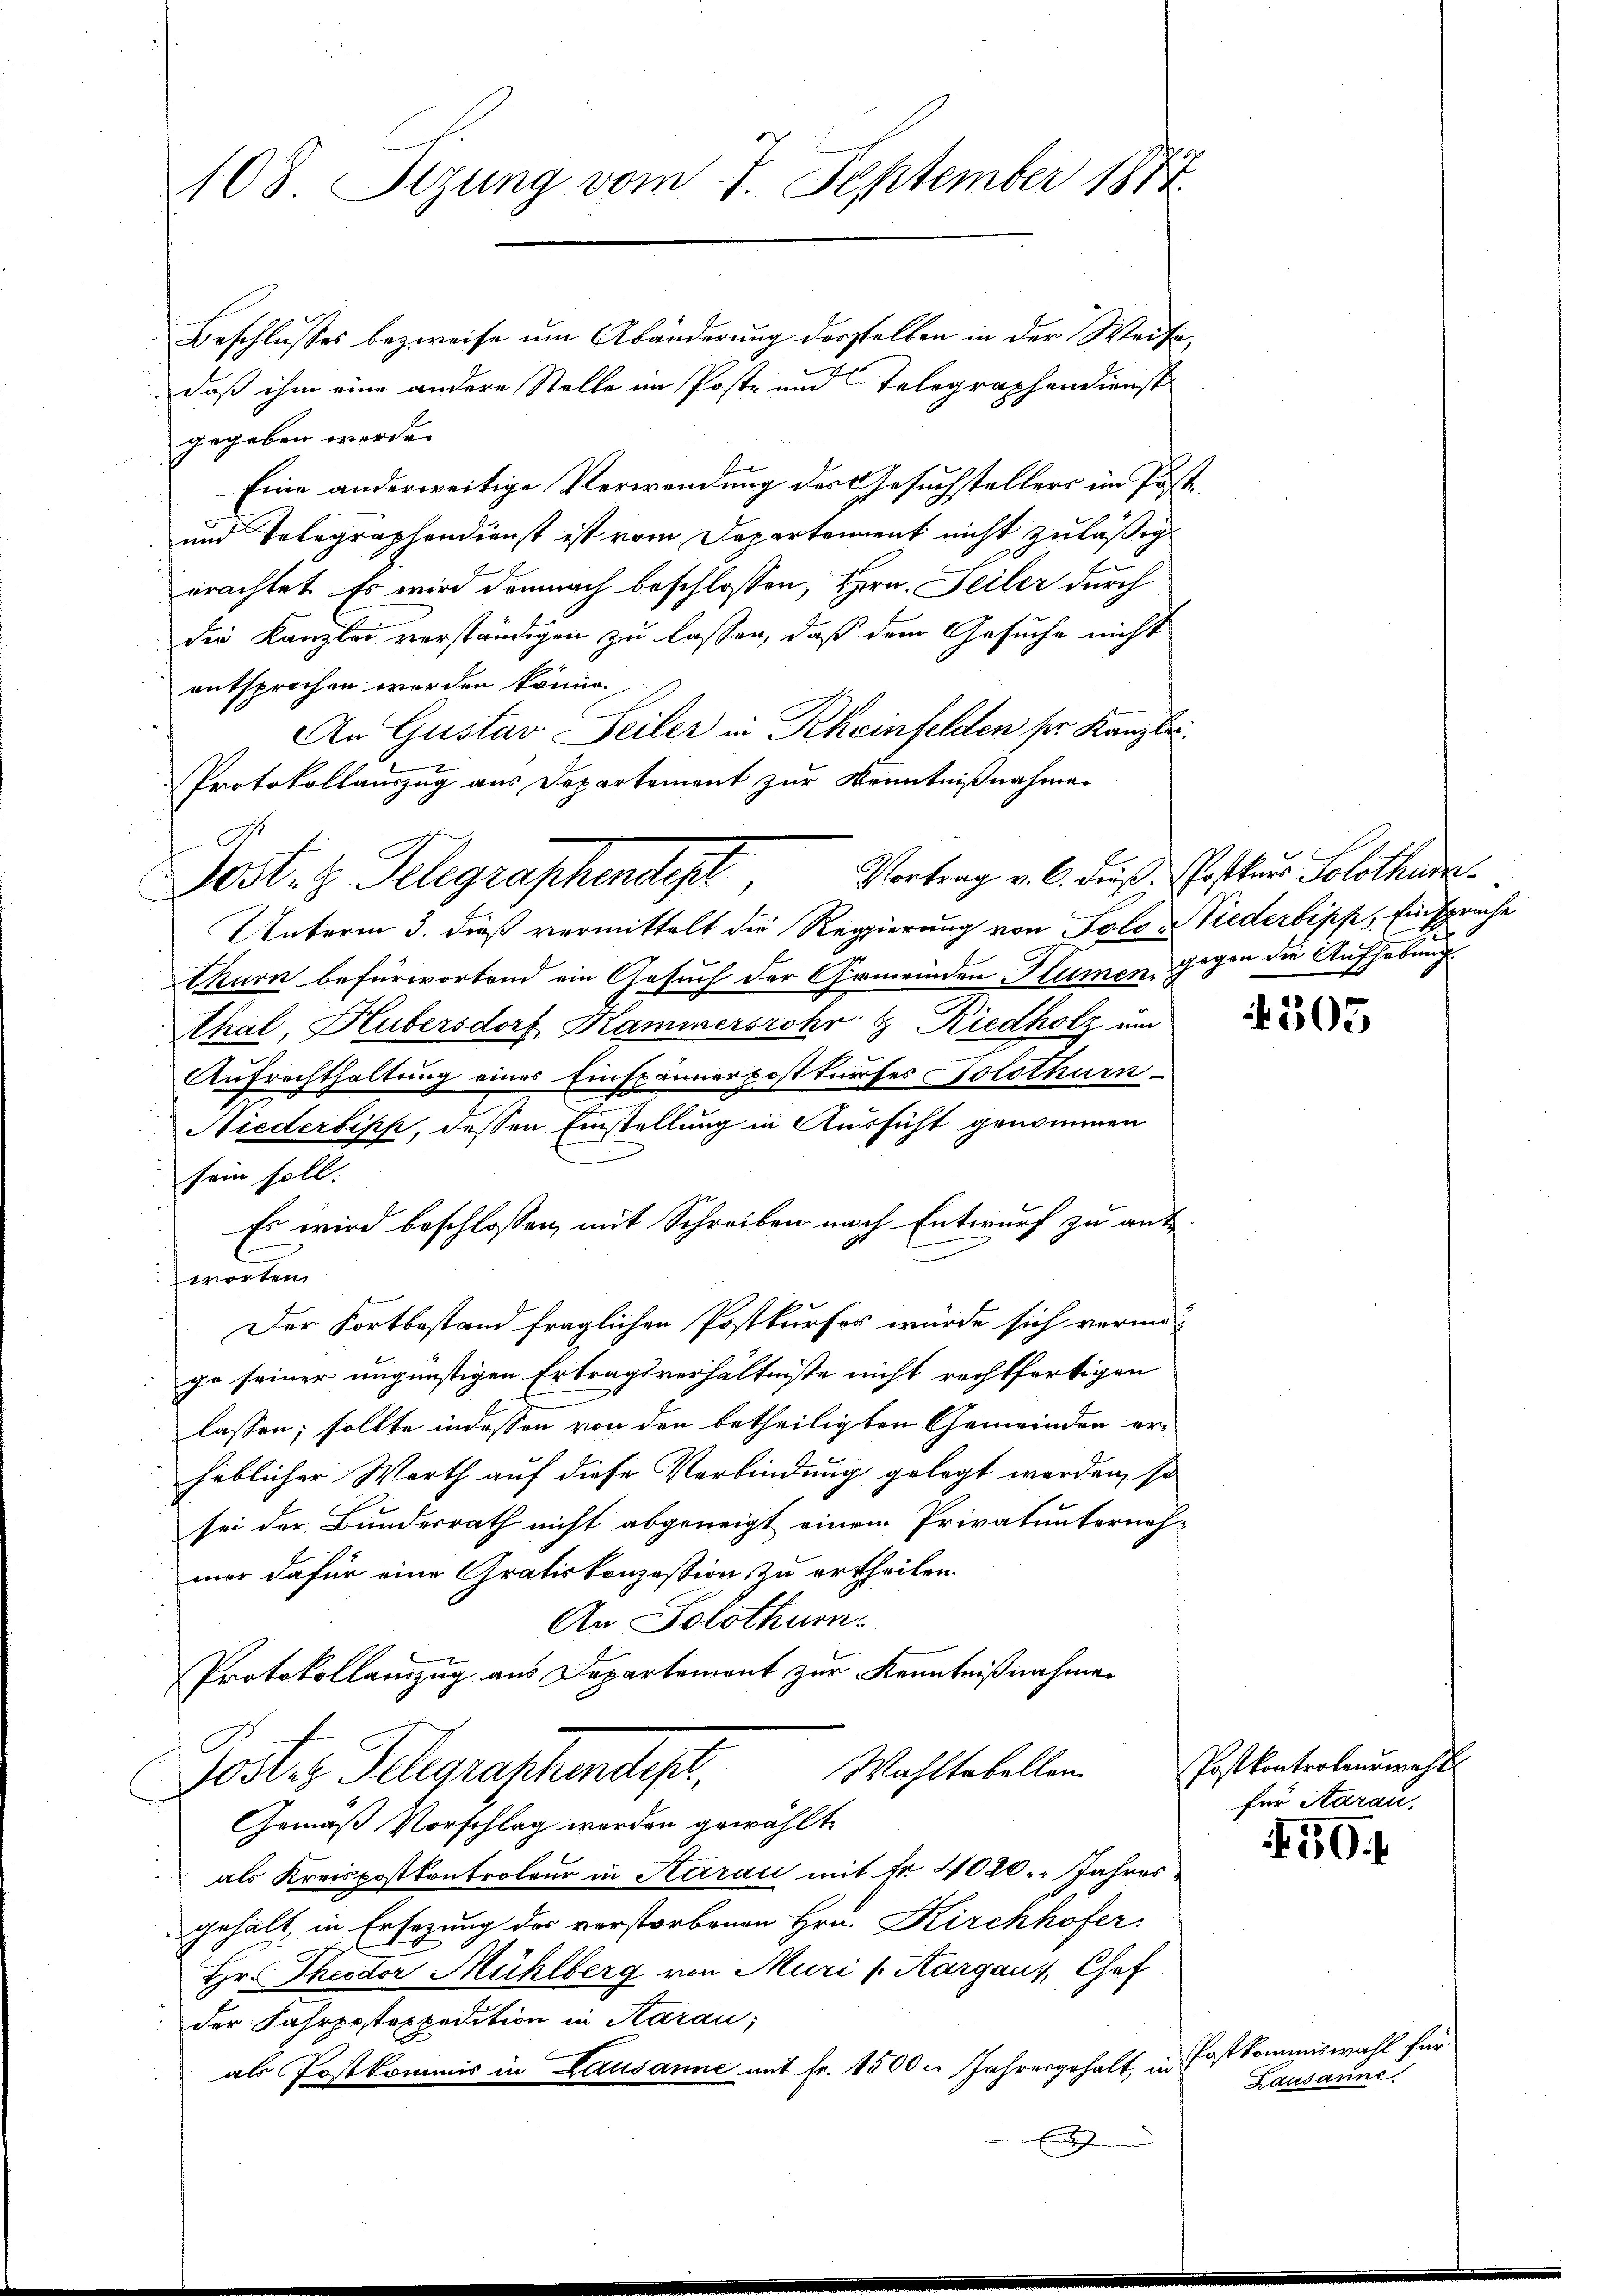
108 Sezung vom 7. September 1874.

Beschlusses bezweife um Abänderung desselben in der Weise,
daß ihm eine andere Stelle im Post- und Telegraphendienst
gegeben werde.
Eine anderweitige Verwendung des Gesuchstellers im Post¬
und Telegraphendienst ist vom Departement nicht zuläßig
erachtet. Es wird demnach beschlossen, Hrn. Teiler durch
die Kanzlei verständigen zu lassen, daß dem Gesuche nicht
entsprochen worden könne.
Unterm 3. dieß vermittelt die Regierung von Solo niederbisch, Einsprache
thurn befürwortend ein Gesuch der Gemeinden Humen, gegen die Aufhebung
Thal, Hubersdorf Kammersrohr & Riedholz um
Aufrechthaltung eines Einspännerpostkurses Solothurn
Niederbipp, dessen Einstellung in Aussicht genommen
sein soll.
Es wird beschlossen, mit Schreiben nach Entwurf zu antmorten.
Der Fortbestand fraglichen Postkursor würde sich vermöge seiner ungünstigen Ertragsverhältnisse nicht rechtfertigen
lassen; sollte indessen von den betheiligten Gemeinden erheblicher Werth auf diese Verbindung gelegt werden, so
sei der Bundesrath nicht abgeneigt einem Privatunternahmer dafür eine Gratiskonzession zu ertheilen.
An Solothurn
Protokollauszug aus Departement zur Kenntnißnahmen
.
Wahltabellen
Posten Telegraschendes

An Gustav Seiler in Rheinfelden pr. Kanzlei.
Protokollauszug aus Departement zur Kenntnißnahme
Vortrag v. C. Fräß. Postkurs Solothurn.
Pest. z. Belegraschendet

Gemäß Vorschlag werden gewählte

als Kreispostkontroleur in Aarau mit Fr. 4020. Jahresgehalt, in Ersezung des verstorbenen Hrn. Kirchhofer
Hr. Theodor Mühlberg von Muri (Aargau, Chef
der Fahrpostexpedition in Aarau;
als Postkommis in Lausanne mit Fr. 1500. Jahresgehalt, in
En

305

Postkontroleuwahl
für Aarau

50.

Postkommiswahl für
Lausanne